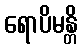
ရောပိမန္တိ